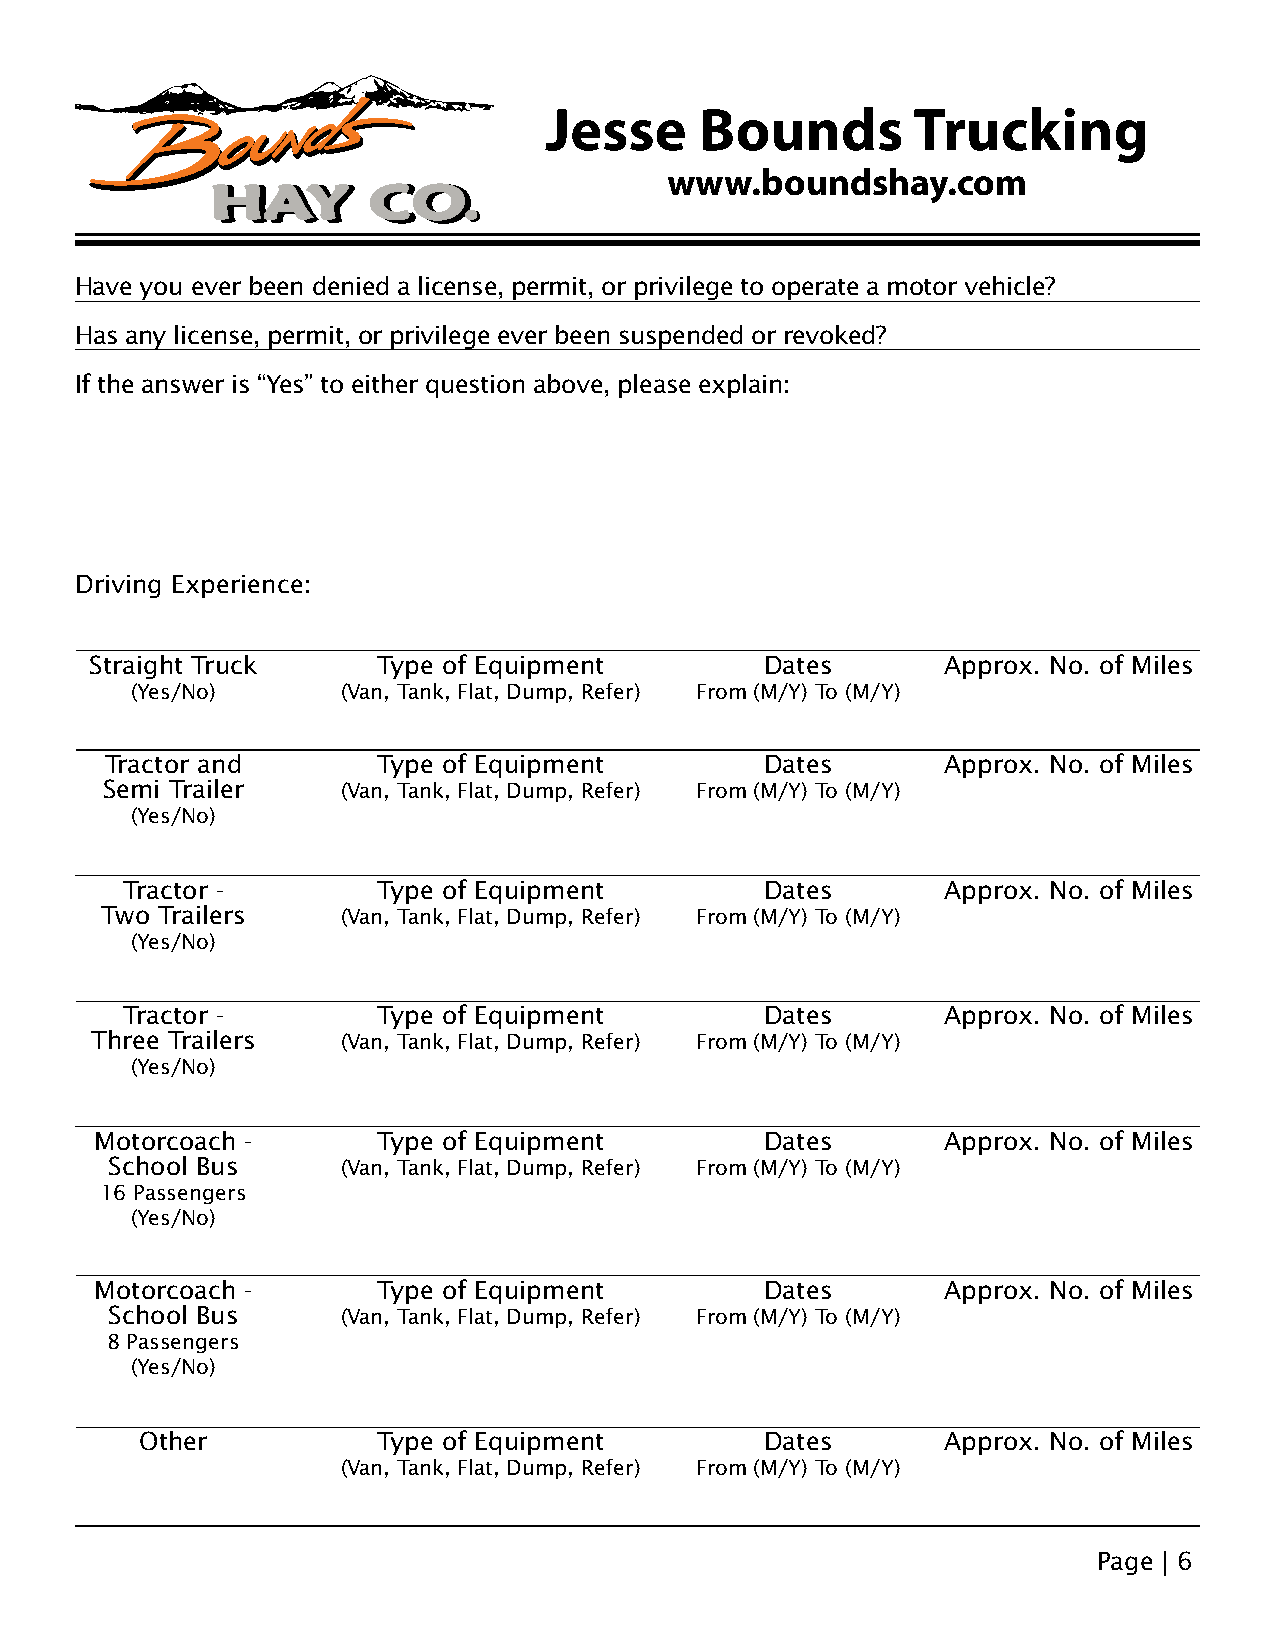
Jesse     Bounds        Trucking
 www.boundshay.com
 Have you ever been denied a license, permit, or privilege to operate a motor vehicle?
 Has any license, permit, or privilege ever been suspended or revoked?
 If the answer is “Yes” to either question above, please explain:
 Driving Experience:
 Straight Truck     Type of Equipment         Dates       Approx. No. of Miles
 (Yes/No)      (Van, Tank, Flat, Dump, Refer) From (M/Y) To (M/Y)
 Tractor and       Type of Equipment         Dates       Approx. No. of Miles
 Semi Trailer    (Van, Tank, Flat, Dump, Refer) From (M/Y) To (M/Y)
 (Yes/No)
 Tractor -        Type of Equipment         Dates       Approx. No. of Miles
 Two Trailers    (Van, Tank, Flat, Dump, Refer) From (M/Y) To (M/Y)
 (Yes/No)
 Tractor -        Type of Equipment         Dates       Approx. No. of Miles
 Three Trailers   (Van, Tank, Flat, Dump, Refer) From (M/Y) To (M/Y)
 (Yes/No)
 Motorcoach -       Type of Equipment         Dates       Approx. No. of Miles
 School Bus      (Van, Tank, Flat, Dump, Refer) From (M/Y) To (M/Y)
 16 Passengers
 (Yes/No)
 Motorcoach -       Type of Equipment         Dates       Approx. No. of Miles
 School Bus      (Van, Tank, Flat, Dump, Refer) From (M/Y) To (M/Y)
 8 Passengers
 (Yes/No)
 Other           Type of Equipment         Dates       Approx. No. of Miles
 (Van, Tank, Flat, Dump, Refer) From (M/Y) To (M/Y)
 Page | 6